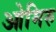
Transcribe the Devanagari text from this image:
ओमिरु